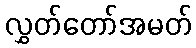
လွှတ်တော်အမတ်